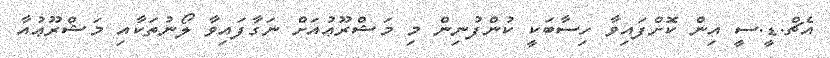
އެޗް.ޑީ.ސީ އިން ކޮށްފައިވާ ހިސާބަކީ ކުންފުނިން މި މަޝްރޫޢުއަށް ނަގާފައިވާ ލޯނުތަކާއި މަޝްރޫޢުއާ